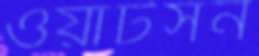
ওয়াটসন